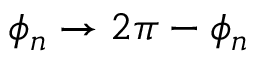
\phi _ { n } \rightarrow 2 \pi - \phi _ { n }